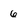
Character: 6